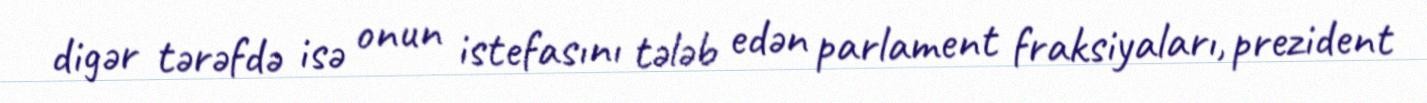
digər tərəfdə isə onun istefasını tələb edən parlament fraksiyaları, prezident